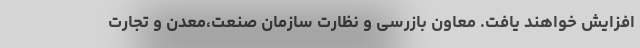
افزایش خواهند یافت. معاون بازرسی و نظارت سازمان صنعت،معدن و تجارت